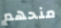
منحهم